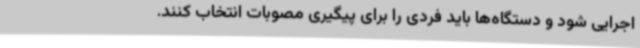
اجرایی شود و دستگاه‌ها باید فردی را برای پیگیری مصوبات انتخاب کنند.